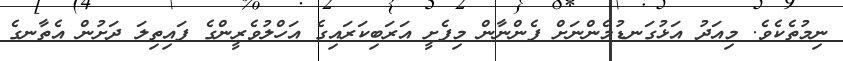
ނިމުތެކެވެ. މިއަދު އަޅުގަނޑުމެންނަށް ފެންނާން މިފެށީ އަރަބިކަރައިގެ އަހްލުވެރީންގެ ފައިތިލަ ދަށުން އެތާނގެ